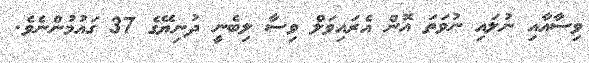
ވިސާއާއި ނުލައި ނުވަތަ އޮން އެރައިވަލް ވިސާ ލިބެނީ ދުނިޔޭގެ 37 ގައުމުންނެވެ.